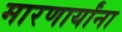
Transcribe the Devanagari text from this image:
मारणार्यांना